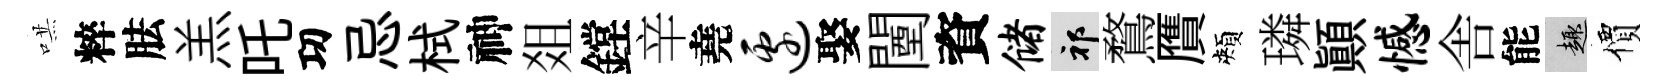
哄粹胠羔吒㓛忌栻神爼鏜辛堯边娶闉資储祁鶩贋頰璘顚憾舎能趣價